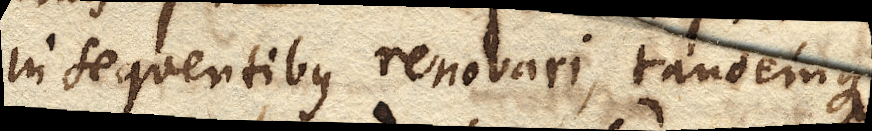
insequentibus renovari, tandemque